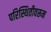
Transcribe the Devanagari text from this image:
परिस्थितीवरून